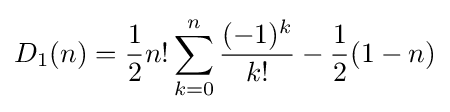
D_{1}(n)={\frac {1}{2}}n!\sum _{k=0}^{n}{\frac {(-1)^{k}}{k!}}-{\frac {1}{2}}(1-n)